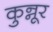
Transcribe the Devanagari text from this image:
कुन्नूर